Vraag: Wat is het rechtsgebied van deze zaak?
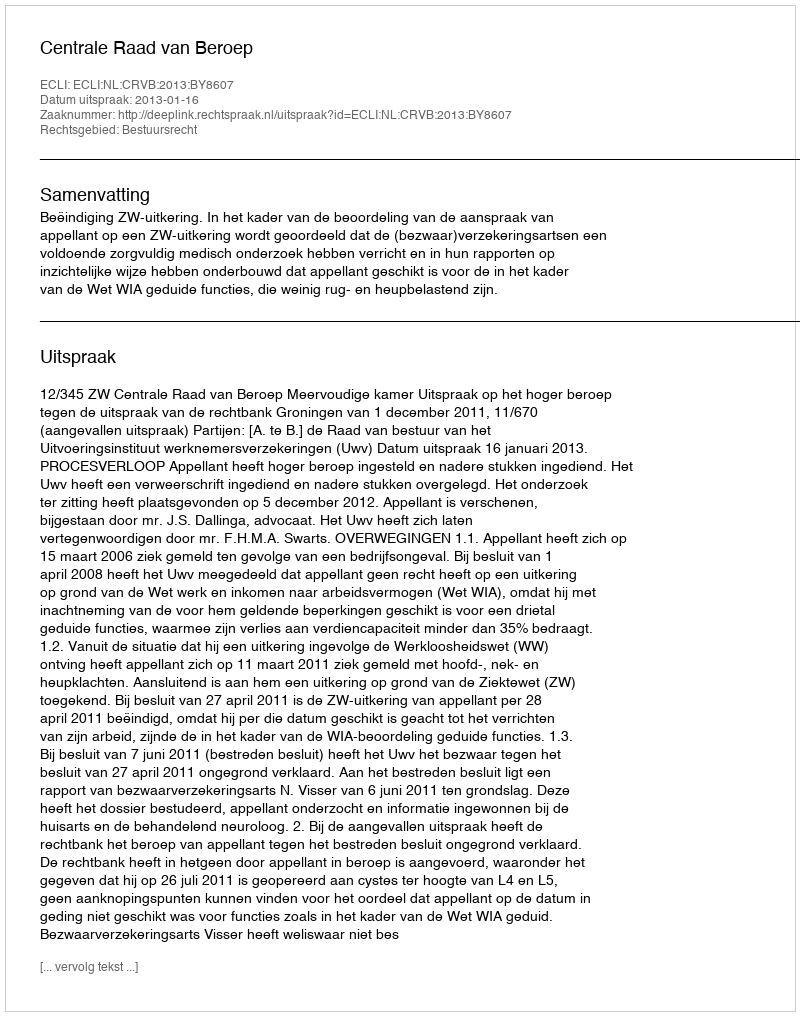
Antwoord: Bestuursrecht